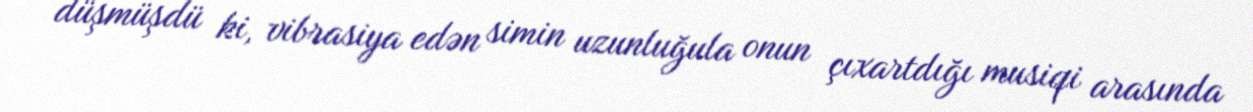
düşmüşdü ki, vibrasiya edən simin uzunluğula onun çıxartdığı musiqi arasında